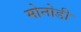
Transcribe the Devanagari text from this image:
मोनोडी